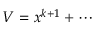
V = x ^ { k + 1 } + \cdots